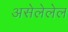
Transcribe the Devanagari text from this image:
असेलेलेल